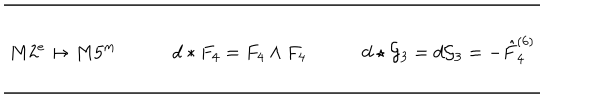
\begin{array} { c c c } \hline { { \hline } } & { { } } & { { } } \\ { { M 2 ^ { e } \mapsto M 5 ^ { m } } } & { { \qquad d * F _ { 4 } = F _ { 4 } \wedge F _ { 4 } } } & { { \qquad d \star { \cal G } _ { 3 } = d { \cal G } _ { 3 } = - \hat { F } _ { 4 } ^ { ( 6 ) } } } \\ { { } } & { { } } & { { } } \\ \hline { { \hline } } \\ \end{array}